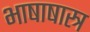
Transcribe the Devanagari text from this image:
भाषाषास्त्र